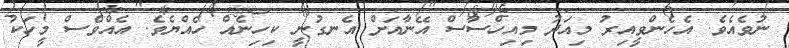
ނުވެއެވެ. އެހެންވީއިރު މިއަދު މިއިހްސާސް އޭނާއަށް އެނގުނީ ކިހިނެއް ހެއްޔެވެ. އެއްވެސް މީހަކު